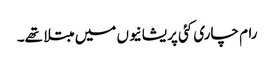
رام چاری کئی پریشانیوں میں مبتلا تھے۔